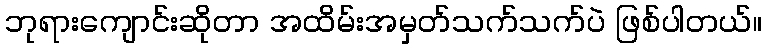
ဘုရားကျောင်းဆိုတာ အထိမ်းအမှတ်သက်သက်ပဲ ဖြစ်ပါတယ်။